Notes on vaccination in the North-West Frontier Province 1923-1928 - 1923-1928
Year: 1923
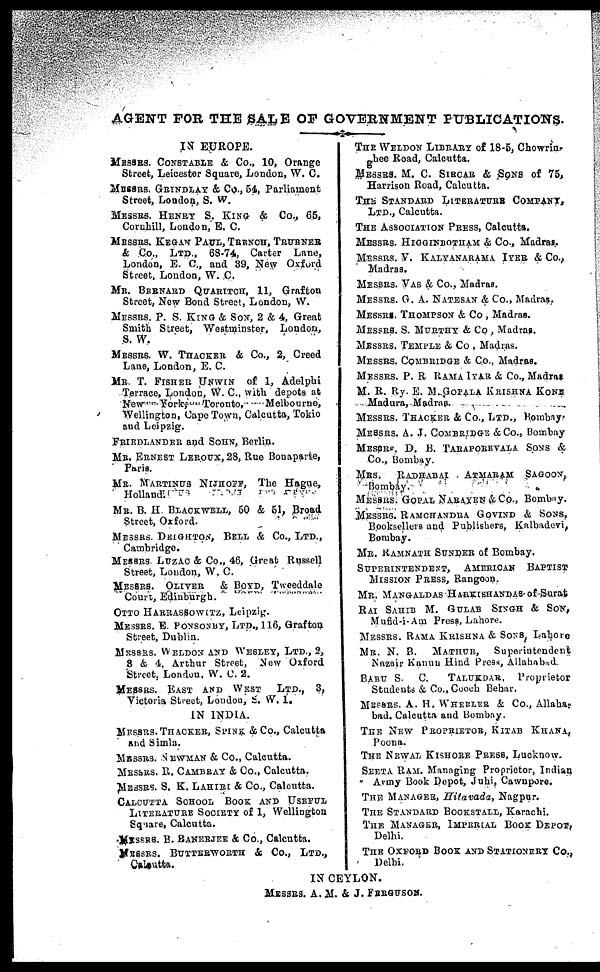
AGENT FOR THE SALE OP GOVERNMENT PUBLICATIONS.
IN EUROPE.
MESSRS. CONSTABLE & Co., 10, Orange
Street, Leicester Square, London, W. C.
MESSRS. GRINDLAY 4 Co., 54, Parliament
Street, London, S. W.
MESSRS. HENRY S. KING & Co., 65,
Cornhill, London, E. C.
MESSRS. KEGAN PAUL, TRENCH, TRUBNER
& Co., LTD., 68-74, Carter Lane,
London, E. C., and 89, New Oxford
Street, London, W. C.
MR. BERNARD QUARITCH, 11, Grafton
Street, New Bond Street, London, W.
MESSRS. P. S. KING & SON, 2 & 4, Great
Smith Street, Westminster, London,
S. W.
MESSRS. W. THACKER & Co., 2, Creed
Lane, London, E. C.
MR. T. FISHER UNWIN of 1, Adelphi
Terrace, London, W. C, with depots at
New York
Toronto,
Melbourne,
Wellington, Cape Town, Calcutta, Tokio
and Leipzig.
FRIENLANDER and SOHN, Berlin.
MR. ERNEST LEROUX, 28, Rue Bonaparte,
Paris.
MR. MARTINUS NIJHOFF, The Hague,
Hollandl
MR. B. H. BLACKWELL, 50 & 51, Broad
Street, Oxford.
MESSRS. DEIGHTON, BELL & Co., LTD.,
Cambridge.
MESSRS LUZAC & Co., 46, Great Russell
Street, London, W. C.
MESSRS. OLIVER & BODY, Tweeddale
Court, Edinburgh.
OTTO HARRASSOWITZ, Leipzig.
MESSRS. E. PONSONRY, LTD., 116, Grafton
Street, Dublin.
MESSRS. WELDON AND WESLEY, LTD., 2,
3 & 4, Arthur Street, New Oxford
Street, London, W. C. 2.
MESSRS. EAST AND WEST LTD., 3,
Victoria Street, London, S. W. 1.
IN INDIA.
MESSRS.THACKER, SPINK & Co., Calcutta
and Simla.
MESSRS. NEWMAN & Co., Calcutta.
MESSRS. R. CAMBRAY & Co., Calcutta.
MESSRS. S. K. LAHIRI & Co., Calcutta.
CALCUTTA SCHOOL BOOK AND USEFUL
LITERATURE SOCIETY of 1, Wellington
Square, Calcutta.
MESSRS. B. BANERJER & Co., Calcutta.
MESSRS. BUTTERWORTH & Co., LTD.,
Calcutta.
THE WELDON LIBRARY of 18-5, Chowrin-
ghee Road, Calcutta.
MESSRS. M. C. SIRCAR & SONS of 75,
Harrison Road, Calcutta.
THE STANDARD LITERATURE COMPANY,
LTD., Calcutta.
THE ASSOCIATION PRESS, Calcutta.
MESSRS. HIGGINBOTHAM & Co., Madras,
MESSRS. V. KALYANARAMA IYER & Co.,
Madras.
MESSRS. VAS & Co., Madras.
MESSRS. G. A. NATESAN & Co., Madras..
MESSRS. THOMPSON & Co., Madras.
MESSRS. S. MURTHY & Co , Madras.
MESSRS. TEMPLE & Co., Madras.
MESSRS. COMBRIDGE & Co., Madras.
MESSRS. P. R RAMA IYAR & Co., Madras
M. R. Ry. E. M. GOPALA KRISHNA KONE
Madura, Madras.
MESSRS. THACKER & Co., LTD., Bombay
MESSRS. A. J. COMBRIDGE & Co., Bombay
MESSRS. D. B. TARAPOREVALA SONS &
Co., Bombay.
MRS.
RADHABAI ATMARAM SAGOON,
Bombay.
MESSRS. GOPAL NARAYEN & Co., Bombay.
MESSRS. RAMCHANDRA GOVIND & SONS,
Booksellers and Publishers, Kalbadevi,
Bombay.
MR. RAMNATH SUNDER of Bombay.
SUPERINTENDENT, AMERICAN BAPTIST
MISSION PRESS, Rangoon.
MR. MANGALDAS HARKISHANDAS-of-Surat
RAI SAHAIB M. GULAB SINGH & SON,
Mufid-i-Am Press, Lahore.
MESSRS. RAMA KRISHNA & SONS, Lahore
MR. N. B. MATHUR, Superintendent
Nazair Kannu Hind Press, Allahabad.
BABU S. C.
TALUKDAR. Proprietor
Students & Co., Cooch Behar.
MESSRS. A. H. WHEELER & Co., Allaha-
bad. Calcutta and Bombay.
THE NEW PROPRIETOR, KITAB KHANA,
Poona.
THE NEWAL KISHORE PRESS, Lucknow.
SEETA RAM. Managing Proprietor, Indian
Army Book Depot, Juhi, Cawnpore.
THE MANAGER, Hitavada, Nagpur.
THE STANDARD BOOKSTALL, Karachi.
THE MANAGER, IMPERIAL BOOK DEPOT,
Delhi.
THE OXFORD BOOK AND STATIONERY Co.,
Delhi.
IN CEYLON.
MESSRS. A. M. & J. FERGUSON.